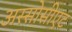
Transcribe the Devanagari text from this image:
अस्सोसीएट